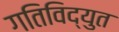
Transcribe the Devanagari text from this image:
गतिविद्युत